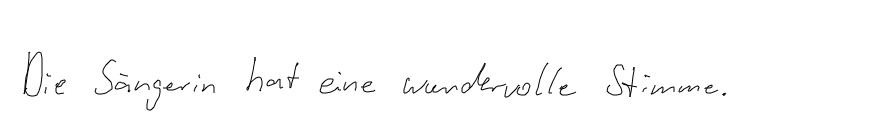
Die Sängerin hat eine wundervolle Stimme.